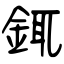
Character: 銸